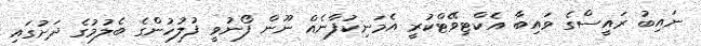
ނައިބު ރައީސްގެ ވައިބާ އެކްޓިވޭޓްކުރީ އެމަނިކުފާނެއް ނޫން ފޯނުވީ ފުލުހުންގެ ބެލުމުގެ ދަށުގައި